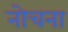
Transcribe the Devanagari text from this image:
नोचना